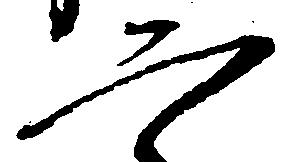
二